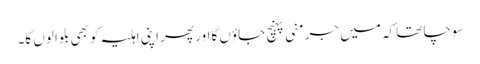
سوچا تھا کہ میں جرمنی پہنچ جاؤں گا اور پھر اپنی اہلیہ کو بھی بلوا لوں گا۔